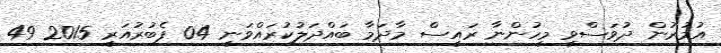
އުމުރުން ދުވަސްވީ މީހުންނާ ރައީސް މާދަމާ ބައްދަލުކުރައްވަނީ 04 ފެބުރުއަރީ 2015 49